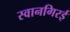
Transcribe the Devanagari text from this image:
स्वानगिरई